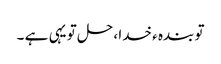
تو بندہ ء خدا ، حل تو یہی ہے ۔